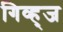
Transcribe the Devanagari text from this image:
गिव्ह्‌ज